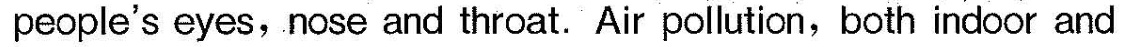
people's eyes, nose and throat. Air pollution,both indoor and